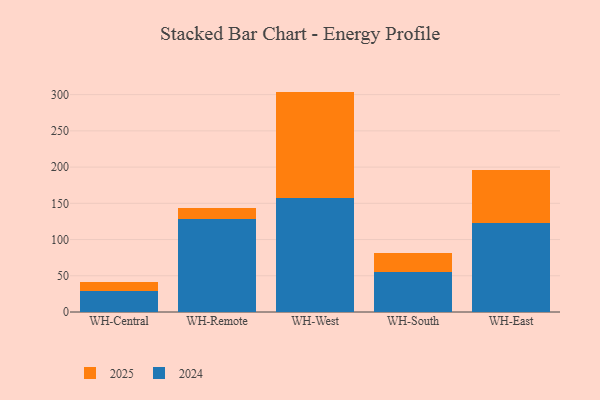
{"axis": {"x": "Warehouse", "y": "Shipments"}, "legend": ["2024", "2025"], "data": [{"x": "WH-Central", "y": 13.3, "type": "2025"}, {"x": "WH-Central", "y": 28.8, "type": "2024"}, {"x": "WH-Remote", "y": 14.4, "type": "2025"}, {"x": "WH-Remote", "y": 129.0, "type": "2024"}, {"x": "WH-West", "y": 146.6, "type": "2025"}, {"x": "WH-West", "y": 157.6, "type": "2024"}, {"x": "WH-South", "y": 26.6, "type": "2025"}, {"x": "WH-South", "y": 54.9, "type": "2024"}, {"x": "WH-East", "y": 73.0, "type": "2025"}, {"x": "WH-East", "y": 122.5, "type": "2024"}]}